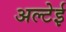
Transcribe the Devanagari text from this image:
अल्टेई